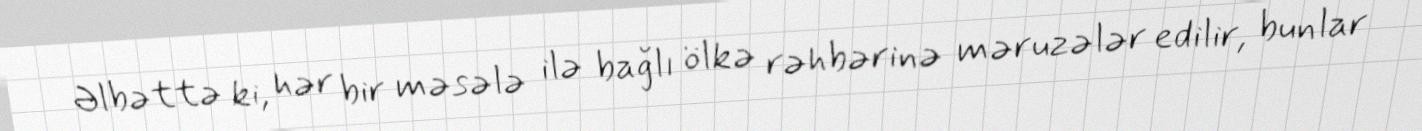
Əlbəttə ki, hər bir məsələ ilə bağlı ölkə rəhbərinə məruzələr edilir, bunlar